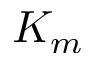
K _ { m }